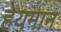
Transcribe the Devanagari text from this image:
हेयमान